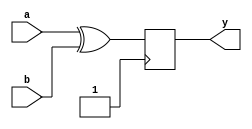
module XOR_Gate_Delay (
    input wire a,
    input wire b,
    output reg y);
    
    reg internal_delay;
    
    always @(posedge internal_delay) begin
        y <= a ^ b;
    end
    
    initial begin
        internal_delay <= 0;
        #10 internal_delay <= 1; // delays the XOR gate operation by 10 time units
    end

endmodule